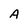
Character: A